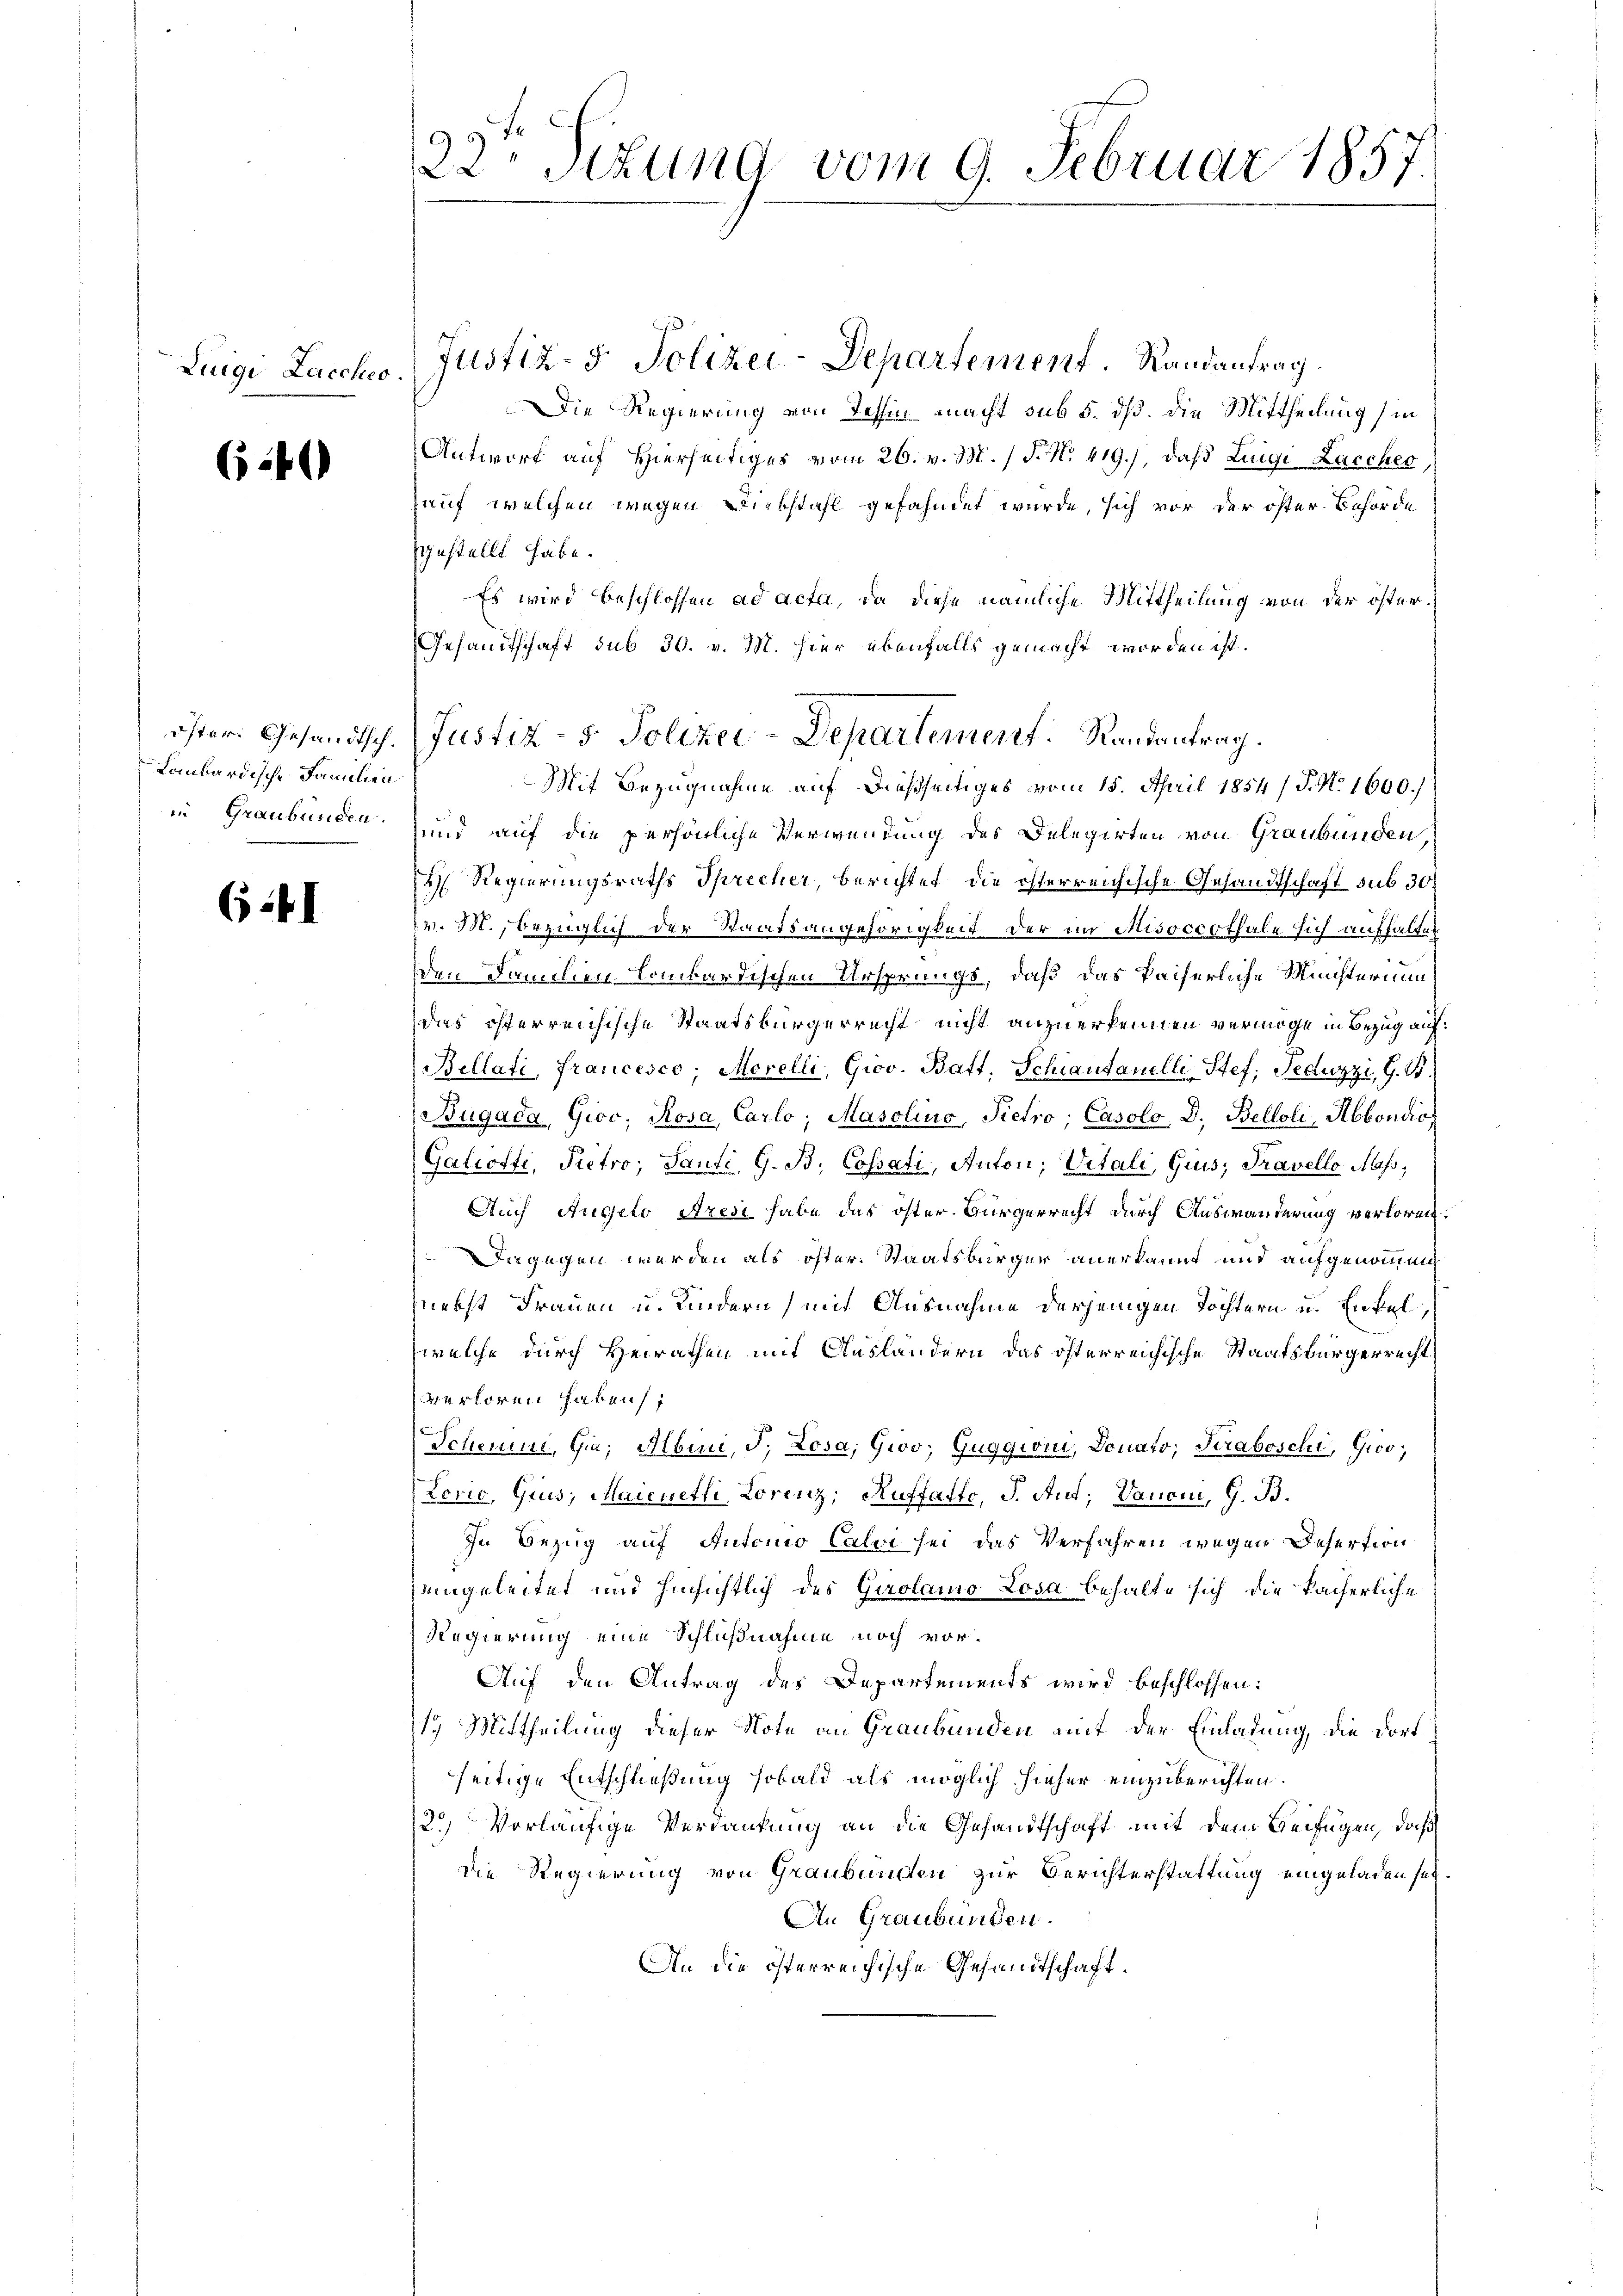
Luigi Laccheo.

(

Lombardische Familien

(4I

22 Stzung vom 9. Februar 1857

Justiz- & Polizei-Departement. Randantrag.
Die Regierung von Tessin macht sub 5. dß. die Mittheilung (in
Antworf auf Hierseitiger vom 26. v. M. / P. Nr. 419.), daß Luigi Laccher
Hauf welchen wegen Diebstahl gefahndet wurde, sich vor der öster Behörde
sgestellt habe.
Es wird beschlossen ad acta, da diese nämliche Mittheilung von der öster¬
Gesandtschaft sub 30. v. M. hier ebenfalls gemacht worden ist.
in Graubünden und auf die persönliche Verwendung des Delegirten von Graubünden,
d Regierungsraths Sprecher, berichtet, die österreichische Gesandtschaft sub 30
v. M., bezüglich der Staatsangehörigkeit der im Misoccothale sich aufhalten
den Familien lombardischen Ursprungs, daß das Paiserliche Ministerium
das öfferreichische Staatsbürgerrecht nicht anzuerkennen vermöge in Bezug auf
Bellati, francesco, Morelli, Giov. Batt, Schiantanelli Stef; Feduzzi, G. B.
Bügada Gioo; Rosa, Carlo; Masolino, Pietro; Casolo, D. Belloli, Abbondio
Galiotti, Pietro, Sandi, G. B. Cossati, Anton; Vitali, Gius, Travello Mass,
Auch Angelo Azesi habe das öster Bürgerrecht durch Auswanderung verloren
Dagegen werden als öster. Staatsbürger anerkannt und aufgenommen
nebst Frauen u. Kindern mit Ausnahme derjenigen Töchtern u. Enkel,
welche durch Heirathen mit Ausländern das österreichische Staatsbürgerrecht
verloren haben;
Scheune, Gia; Albini, J. Losa, Giov; Guggioni, Donato, Straboschi, Gioo;
Lorio, Gius, Maienetli, Lorenz, Ruffatto, J. Aut; Vanoni, G. B.
In Bezug auf Antonio Calvi sei das Verfahren wegen Desertion
eingeleitet und hinsichtlich des Girolamo Losa behalte sich die facherliche
Regierung eine Schlußnahme noch vor¬
Auf den Antrag des Departements wird beschlossen:
1. Mittheilung dieser Note an Graubünden mit der Einladung, die dort
seitige Entschließung sobald als möglich hieher einzuberichten.
2.) Vorläufige Verdankung an die Gesandtschaft mit dem Beifügen, daß
die Regierung von Graubünden zur Berichterstattung eingeladen sei
An Graubünden.
An die österreichische Gesandtschaft¬

öster: Gesandtsch. Justiz- & Polizei-Departement. Randantrag.
Mit Bezugnahme auf dießseitiges vom 15. April 1854 / P. N. 1600.)